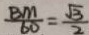
\frac { B M } { 6 0 } = \frac { \sqrt { 3 } } { 2 }